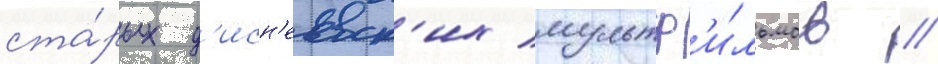
ста́рых д'исн'еевск'их мультф'и́льмов /